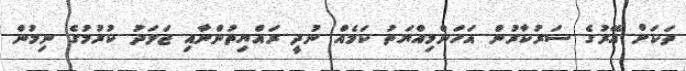
ތަކަށް އޭރުގެ ސަރުކާރުން އަހަންމިއްޔަތު ކަމެއް ނުދީ ރައްޔިތުންނާއި ޖަލަދު ކުރުމުގެ ނިމުން